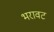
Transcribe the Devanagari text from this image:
भरावट